King Institute of Preventive Medicine Bacteriolog. Section reports 1907-08
Year: 1907
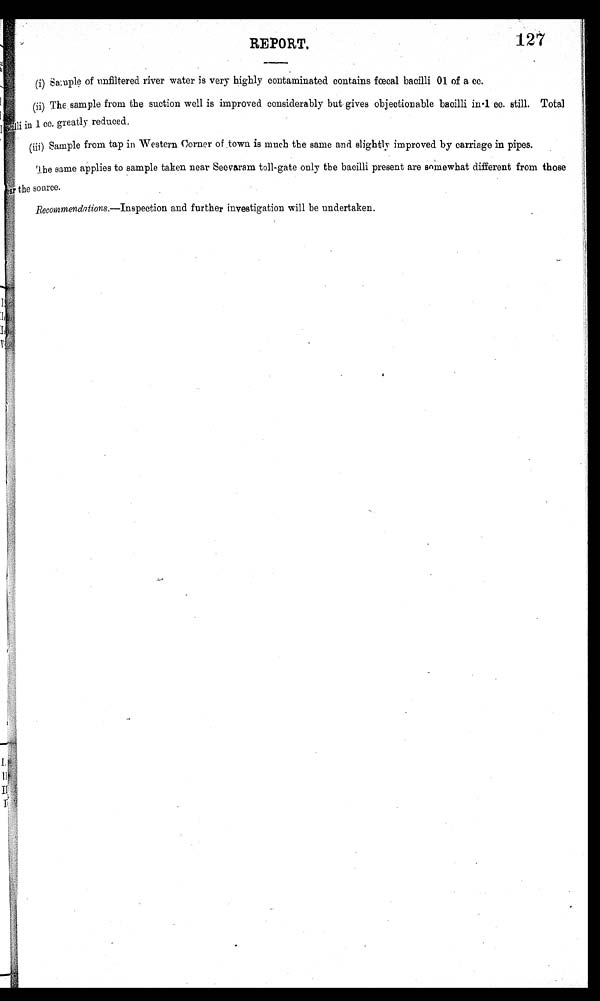
REPORT,
127
(i) Sample of unfiltered river water is very highly contaminated contains fœcal bacilli 01 of a cc.
(ii) The sample from the suction well is improved considerably but gives objectionable bacilli in*1cc cc. still. Total
. .
,
Bcillii 1 cc. greatly reduce
d,
(iii) Sample from tap in Western Corner of . town is much the same and slightly improved by carriage in pipes.
same applies to sample taken near Seevaram tollgate only the bacilli present are somewhat different from those
the source
Recommendations.—Inspection and further investigation will be undertaken.
,